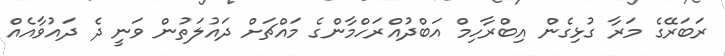
ރަބަރޭގެ މަރާ ގުޅިގެން އިބްރާހިމް އަބްދުއްރަހްމާންގެ މައްޗަށް ދައުލަތުން ވަނީ ދެ ދައުވާއެއް